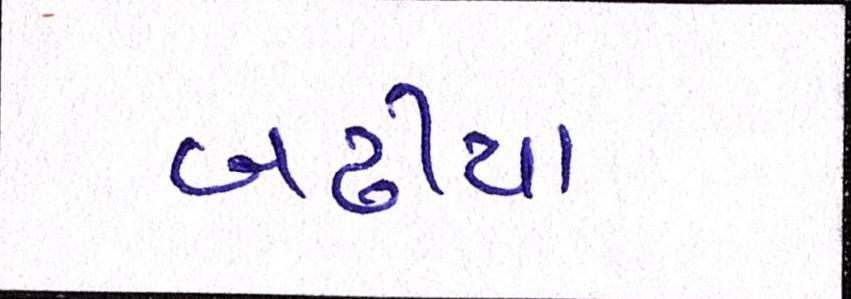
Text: બઢીયા